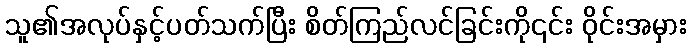
သူ၏အလုပ်နှင့်ပတ်သက်ပြီး စိတ်ကြည်လင်ခြင်းကို၎င်း ဝိုင်းအမှား